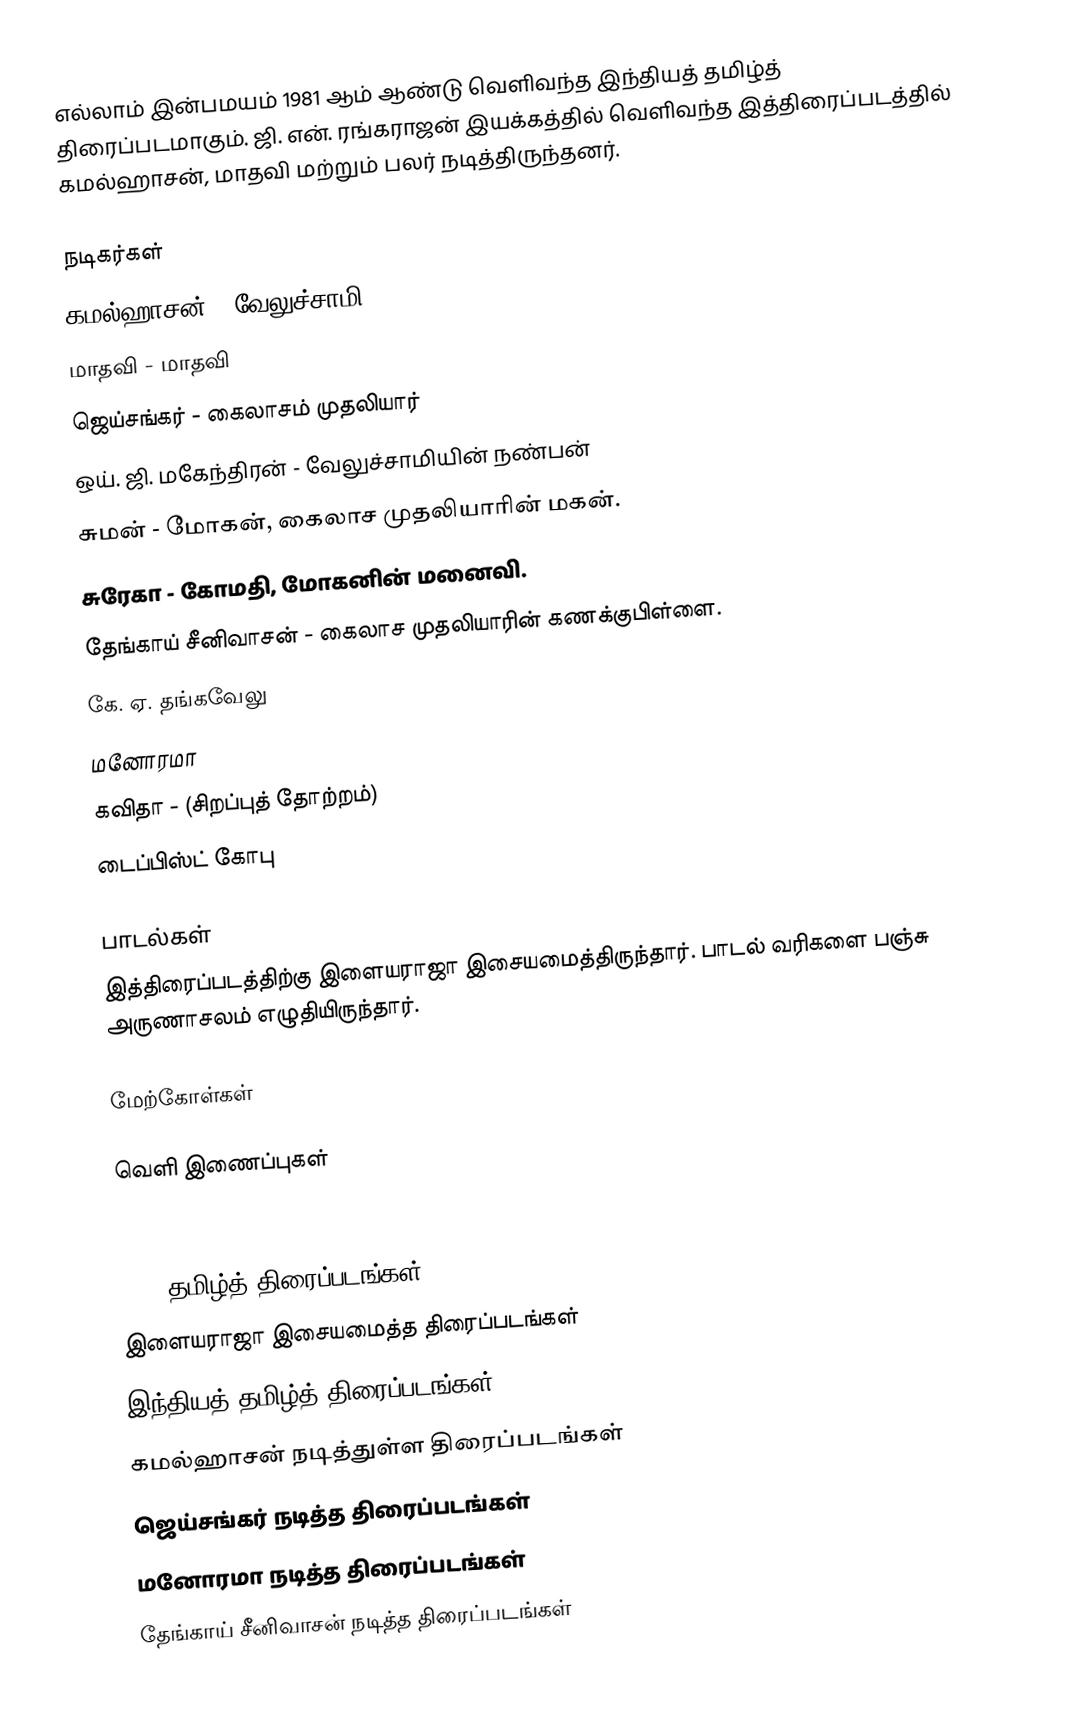
எல்லாம் இன்பமயம் 1981 ஆம் ஆண்டு வெளிவந்த இந்தியத் தமிழ்த் திரைப்படமாகும். ஜி. என். ரங்கராஜன் இயக்கத்தில் வெளிவந்த இத்திரைப்படத்தில் கமல்ஹாசன், மாதவி மற்றும் பலர் நடித்திருந்தனர்.

நடிகர்கள்
 கமல்ஹாசன் - வேலுச்சாமி
 மாதவி - மாதவி
 ஜெய்சங்கர் - கைலாசம் முதலியார்
 ஒய். ஜி. மகேந்திரன் - வேலுச்சாமியின் நண்பன்
 சுமன் - மோகன், கைலாச முதலியாரின் மகன்.
 சுரேகா - கோமதி, மோகனின் மனைவி.
 தேங்காய் சீனிவாசன் - கைலாச முதலியாரின் கணக்குபிள்ளை.
 கே. ஏ. தங்கவேலு
 மனோரமா
 கவிதா - (சிறப்புத் தோற்றம்)
 டைப்பிஸ்ட் கோபு

பாடல்கள்
இத்திரைப்படத்திற்கு இளையராஜா இசையமைத்திருந்தார். பாடல் வரிகளை பஞ்சு அருணாசலம் எழுதியிருந்தார்.

மேற்கோள்கள்

வெளி இணைப்புகள்

1981 தமிழ்த் திரைப்படங்கள்
இளையராஜா இசையமைத்த திரைப்படங்கள்
இந்தியத் தமிழ்த் திரைப்படங்கள்
கமல்ஹாசன் நடித்துள்ள திரைப்படங்கள்
ஜெய்சங்கர் நடித்த திரைப்படங்கள்
மனோரமா நடித்த திரைப்படங்கள்
தேங்காய் சீனிவாசன் நடித்த திரைப்படங்கள்